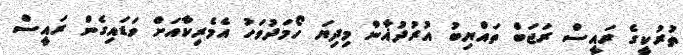
ތުރުކީގެ ރައީސް ރަޖަބް ތައްޔިބު އުރުދުޣާން މިދިޔަ ހޯމަދުވަހު އެމެރިކާއަށް ވަޑައިގެން ރައީސް